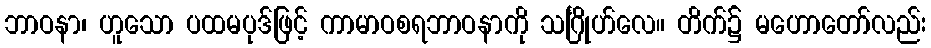
ဘာဝနာ၊ ဟူသော ပထမပုဒ်ဖြင့် ကာမာဝစရဘာဝနာကို သင်္ဂြိုဟ်လေ။ တိက်၌ မဟောတော်လည်း